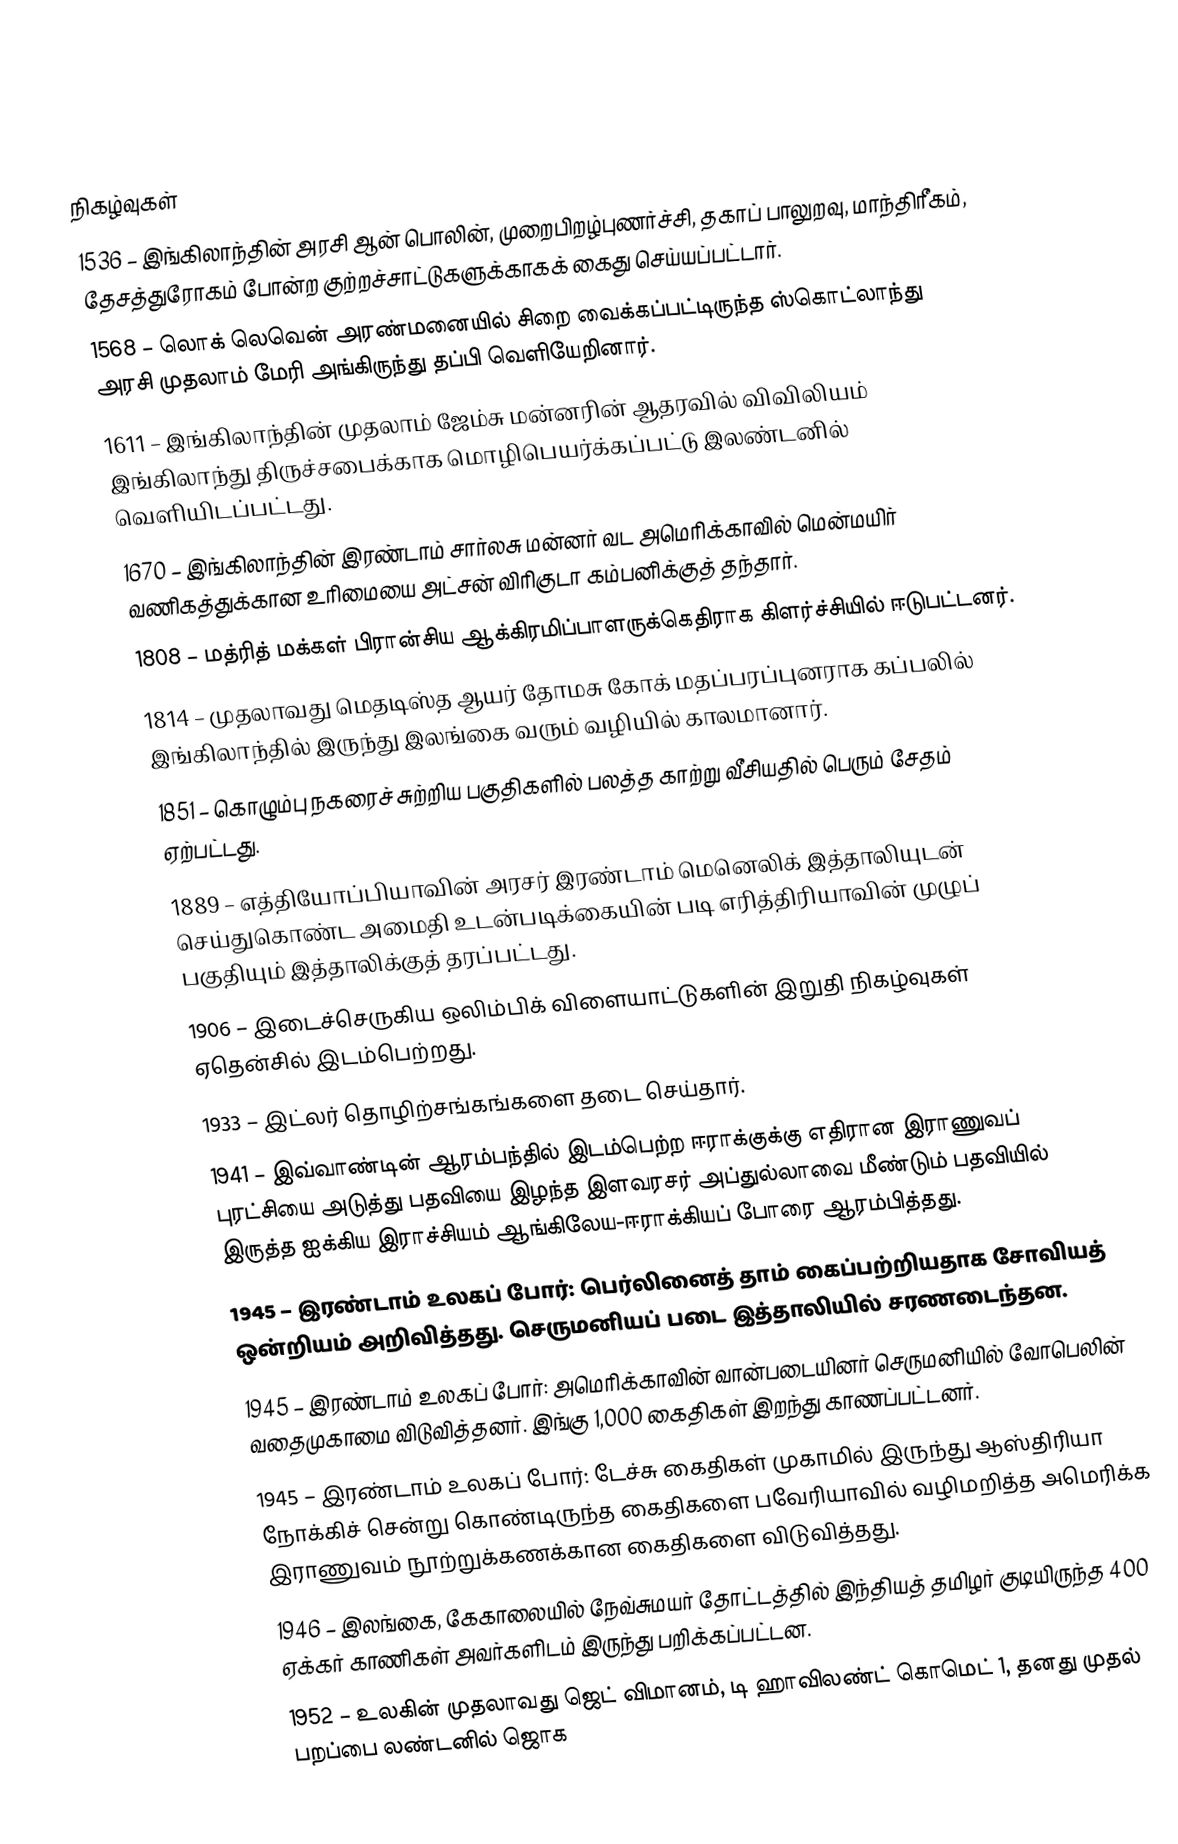

நிகழ்வுகள்
1536 – இங்கிலாந்தின் அரசி ஆன் பொலின், முறைபிறழ்புணர்ச்சி, தகாப் பாலுறவு, மாந்திரீகம், தேசத்துரோகம் போன்ற குற்றச்சாட்டுகளுக்காகக் கைது செய்யப்பட்டார்.
1568 – லொக் லெவென் அரண்மனையில் சிறை வைக்கப்பட்டிருந்த ஸ்கொட்லாந்து அரசி முதலாம் மேரி அங்கிருந்து தப்பி வெளியேறினார்.
1611 – இங்கிலாந்தின் முதலாம் ஜேம்சு மன்னரின் ஆதரவில் விவிலியம் இங்கிலாந்து திருச்சபைக்காக மொழிபெயர்க்கப்பட்டு இலண்டனில் வெளியிடப்பட்டது.
1670 – இங்கிலாந்தின் இரண்டாம் சார்லசு மன்னர் வட அமெரிக்காவில் மென்மயிர் வணிகத்துக்கான உரிமையை அட்சன் விரிகுடா கம்பனிக்குத் தந்தார்.
1808 – மத்ரித் மக்கள் பிரான்சிய ஆக்கிரமிப்பாளருக்கெதிராக கிளர்ச்சியில் ஈடுபட்டனர்.
1814 – முதலாவது மெதடிஸ்த ஆயர் தோமசு கோக் மதப்பரப்புனராக கப்பலில் இங்கிலாந்தில் இருந்து இலங்கை வரும் வழியில் காலமானார்.
1851 – கொழும்பு நகரைச் சுற்றிய பகுதிகளில் பலத்த காற்று வீசியதில் பெரும் சேதம் ஏற்பட்டது.
1889 – எத்தியோப்பியாவின் அரசர் இரண்டாம் மெனெலிக் இத்தாலியுடன் செய்துகொண்ட அமைதி உடன்படிக்கையின் படி எரித்திரியாவின் முழுப் பகுதியும் இத்தாலிக்குத் தரப்பட்டது.
1906 – இடைச்செருகிய ஒலிம்பிக் விளையாட்டுகளின் இறுதி நிகழ்வுகள் ஏதென்சில் இடம்பெற்றது.
1933 – இட்லர் தொழிற்சங்கங்களை தடை செய்தார்.
1941 – இவ்வாண்டின் ஆரம்பந்தில் இடம்பெற்ற ஈராக்குக்கு எதிரான இராணுவப் புரட்சியை அடுத்து பதவியை இழந்த இளவரசர் அப்துல்லாவை மீண்டும் பதவியில் இருத்த ஐக்கிய இராச்சியம் ஆங்கிலேய-ஈராக்கியப் போரை ஆரம்பித்தது.
1945 – இரண்டாம் உலகப் போர்: பெர்லினைத் தாம் கைப்பற்றியதாக சோவியத் ஒன்றியம் அறிவித்தது. செருமனியப் படை இத்தாலியில் சரணடைந்தன.
1945 – இரண்டாம் உலகப் போர்: அமெரிக்காவின் வான்படையினர் செருமனியில் வோபெலின் வதைமுகாமை விடுவித்தனர். இங்கு 1,000 கைதிகள் இறந்து காணப்பட்டனர்.
1945 – இரண்டாம் உலகப் போர்: டேச்சு கைதிகள் முகாமில் இருந்து ஆஸ்திரியா நோக்கிச் சென்று கொண்டிருந்த கைதிகளை பவேரியாவில் வழிமறித்த அமெரிக்க இராணுவம் நூற்றுக்கணக்கான கைதிகளை விடுவித்தது.
1946 – இலங்கை, கேகாலையில் நேவ்சுமயர் தோட்டத்தில் இந்தியத் தமிழர் குடியிருந்த 400 ஏக்கர் காணிகள் அவர்களிடம் இருந்து பறிக்கப்பட்டன.
1952 – உலகின் முதலாவது ஜெட் விமானம், டி ஹாவிலண்ட் கொமெட் 1, தனது முதல் பறப்பை லண்டனில் ஜொக